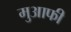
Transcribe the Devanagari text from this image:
मुआफी